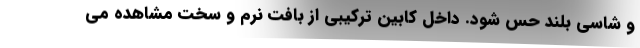
و شاسی بلند حس شود. داخل کابین ترکیبی از بافت نرم و سخت مشاهده می